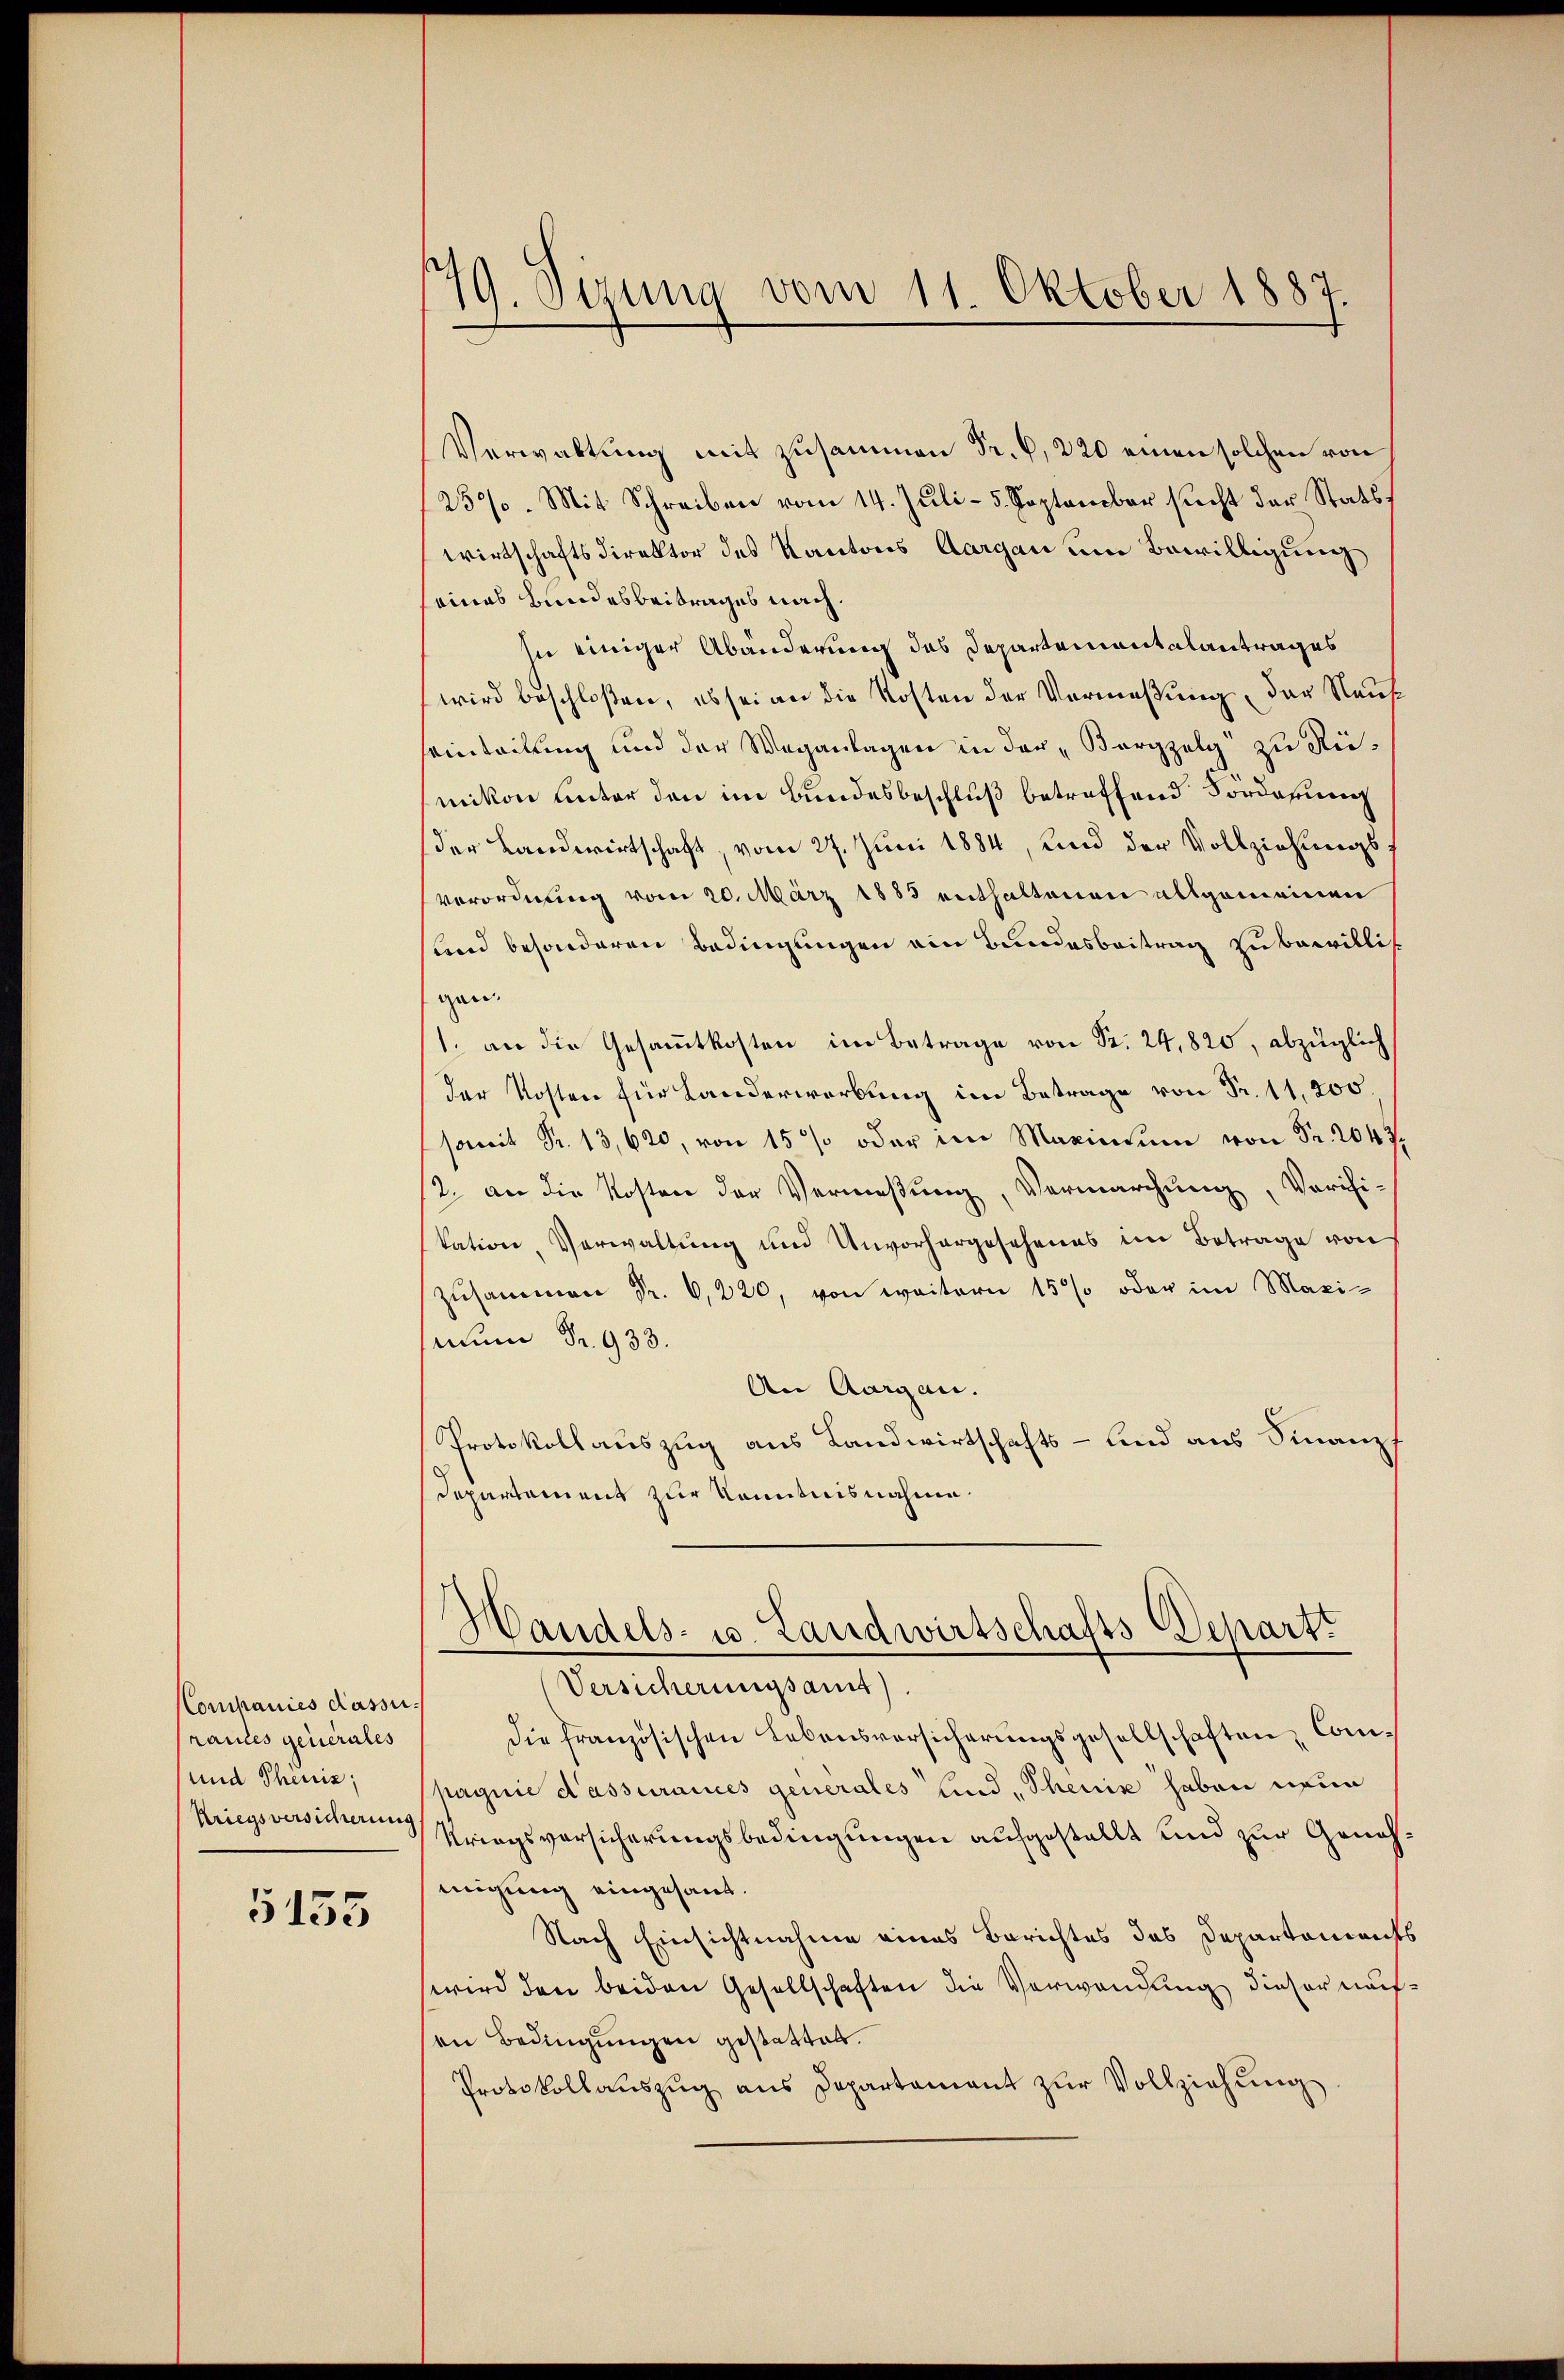
Companies Kassirautes generales
und Phöniz;
Kriegsversicherung

5155

79. Sizung vom 11. Oktober 1887.

Verwaltung mit zusammen Fr. 6, 220 einen solchen von
25%. Mit Schreiben vom 14. Jŭli - 5. September sicht der Stats
wirtschaftsdirektor des Kantons Aargau um Bewilligung
eines Bundesbeitrages nach.
In einiger Abänderung des Departementalantrages
wird beschloßen, es sei an die Kosten der Vermeßung, der Naufeinteilung und der Weganlagen in der „Borgzelg zu Riemikon unter den im Bundesbeschluß betreffend Forderung
der Landwirtschaft, vom 27. Juni 1884, und der Vollziehungs¬
Verordnung vom 20. März 1883 enthaltenen allgemeinen
und besonderen Bedingungen ein Bundesbeitrag zubewillit
gen.
1. an die Gesammtkosten im Betrage von St. 24,820, abzüglich
der Kosten für Landerwerbung im Betrage von Fr. 11,200.
it Fr. 13,620, von 15% oder im Maximum von Fr. 2043,
12. an die Kosten der Vermeßung, Vermarchung, Vorihi-
kation Verwaltung und Unvorhergesehenes im Betrage von
zusammen Fr. 6,220, von weitern 15% oder im Maxi-
num Fr. 933.
An Aargau.
Protokollauszug aus Landwirtschafts- und aus Sinanz
Departament zur Kenntnisnahme.
Handels- u. Landwirtschafts-Depart
Versicherungsamt
die französischen Lebensversicherungsgesellschaften Compagnie d’assurances generales sind, Theuiz haben neun
Kriegsversicherungsbedingungen aufgestellt und zur Genehmigung eingesandt.
Nach Einsichtnahme eines Berichtes das Departonien
wird den beiden Gesellschaften die Verwendung dieser nach
en Bedingungen gestattet.
Protokollauszug aus Departament zur Vollziehung